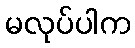
မလုပ်ပါက